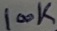
Text: 100K